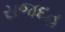
સજદહ